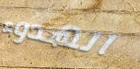
الهدوء